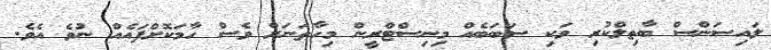
ލައިސަންސް ބާތިލްކުރި ވަކި ސަބަބެއް މިނިސްޓްރީން މިހާތަނަށް ވެސް ހާމަކޮށްފައެއް ނުވެ އެވެ.